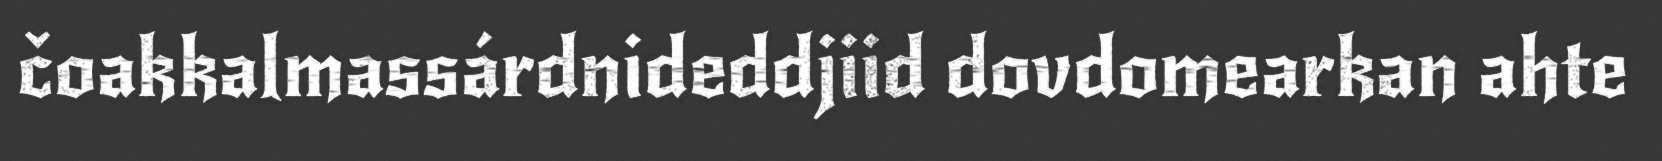
čoakkalmassárdnideddjiid dovdomearkan ahte